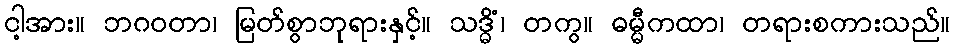
ငါ့အား။ ဘဂဝတာ၊ မြတ်စွာဘုရားနှင့်။ သဒ္ဓိံ၊ တကွ။ ဓမ္မီကထာ၊ တရားစကားသည်။